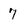
Character: 7